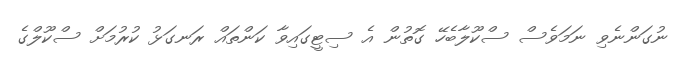
ނުގަންނެވި ނަމަވެސް ސްކޫލާބެހޭ ގޮތުން އެ ސިޓީގައިވާ ކަންތައް ރަނގަޅު ކުރުމަށް ސްކޫލްގެ